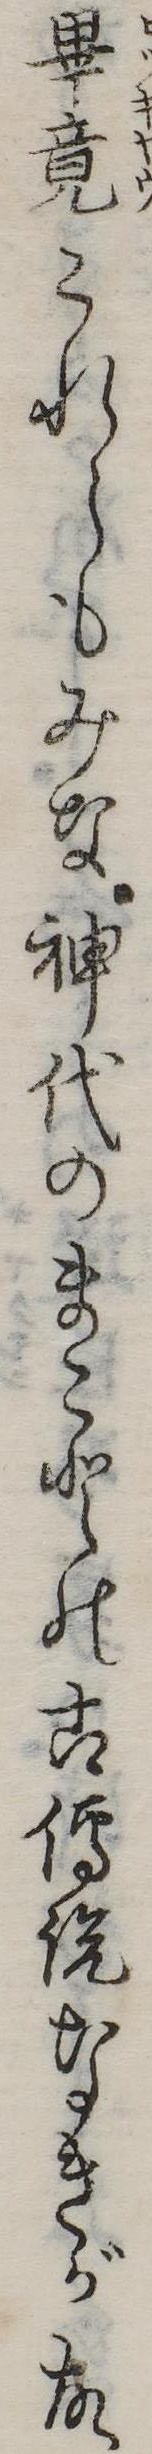
畢竟これらもみな神代のまことの古伝説なきが故